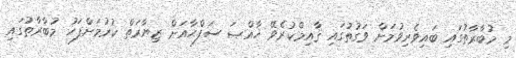
މި މުބާރާތުގައި ބައިވެރިވުމަށް ވަގުތުގައި ޤާއިމްކުރެވޭ ޚާއްޞަ ސަފްޙާއަށް ޒިޔާރަތް ކުރުމަށްފަހު މުބާރާތުގައި